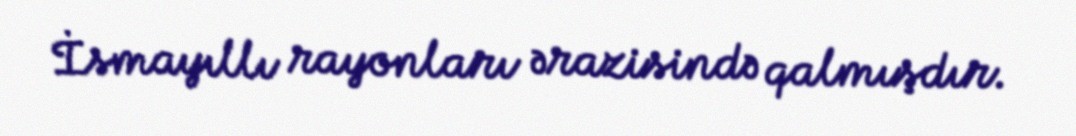
İsmayıllı rayonları ərazisində qalmışdır.